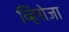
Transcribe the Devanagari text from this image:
व्हिरोजा